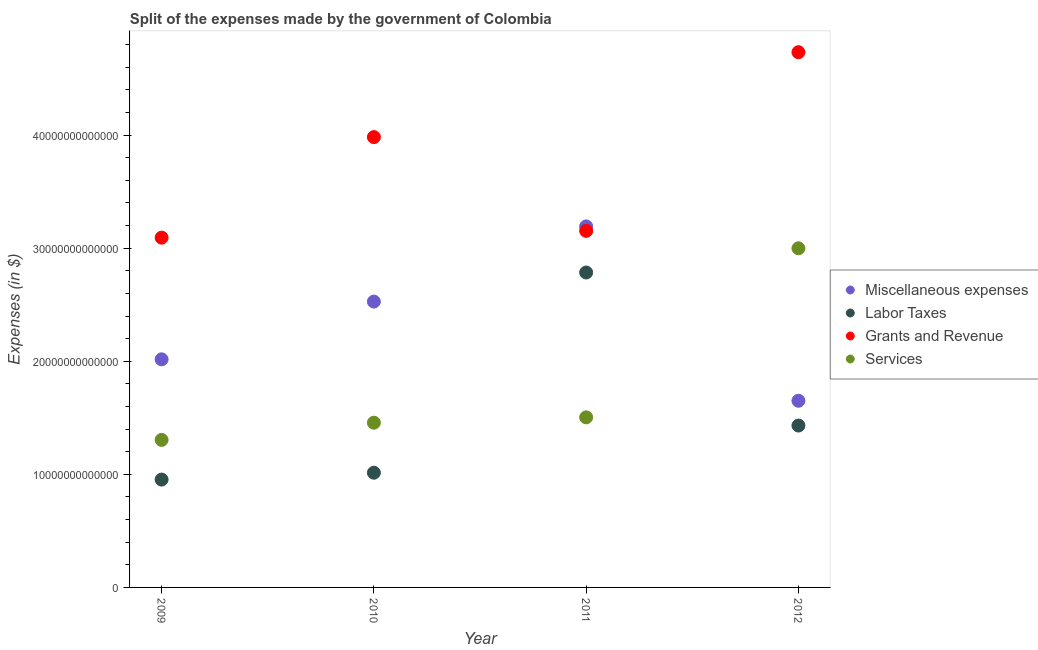
| Year | Miscellaneous expenses | Labor Taxes | Grants and Revenue | Services |
 | --- | --- | --- | --- | --- |
 | 2009 | 2.02e+13 | 9.54e+12 | 3.09e+13 | 1.3e+13 |
 | 2010 | 2.53e+13 | 1.01e+13 | 3.98e+13 | 1.46e+13 |
 | 2011 | 3.19e+13 | 2.78e+13 | 3.15e+13 | 1.5e+13 |
 | 2012 | 1.65e+13 | 1.43e+13 | 4.73e+13 | 3e+13 |